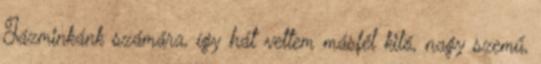
Jázminkánk számára, így hát vettem másfél kiló, nagy szemű,